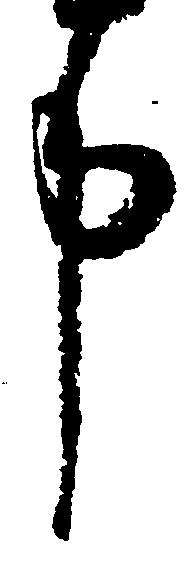
申